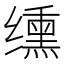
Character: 𫄸